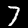
Digit: 7